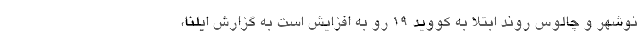
نوشهر و چالوس روند ابتلا به کووید ۱۹ رو به افزایش است به گزارش ایلنا،